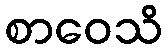
စာဝေသိ